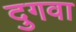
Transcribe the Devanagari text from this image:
दुगवा